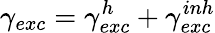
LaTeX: \gamma_{exc}=\gamma_{exc}^{h}+\gamma_{exc}^{inh}